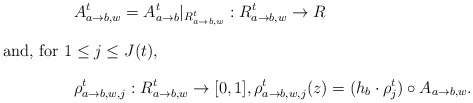
\begin{align*}&A_{a\to b,w}^{t}=A_{a\to b}^{t}|_{R^t_{a\to b, w}}:R^t_{a\to b, w}\to R\intertext{and, for $1\le j\le J(t)$,}&\rho^t_{a\to b,w,j}:R^t_{a\to b,w}\to [0,1], \rho^t_{a\to b,w,j}(z)=(h_b\cdot \rho_j^t)\circ A_{a\to b,w}.\end{align*}